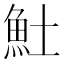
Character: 𩵚